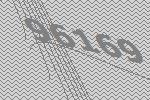
96169